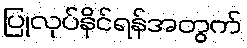
ပြုလုပ်နိုင်ရန်အတွက်